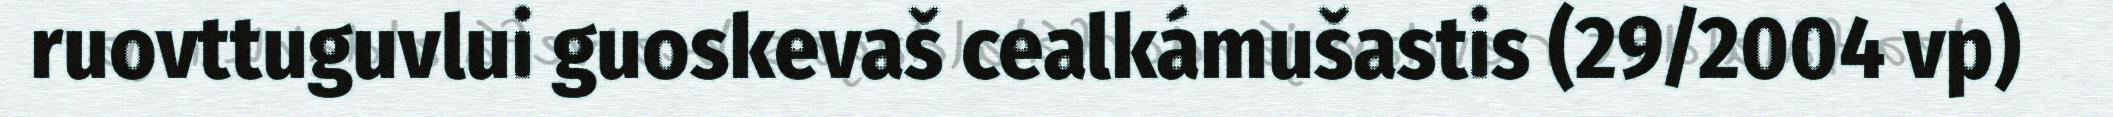
ruovttuguvlui guoskevaš cealkámušastis (29/2004 vp)